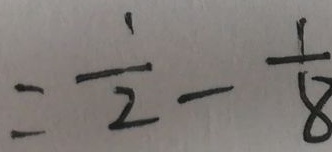
= \frac { 1 } { 2 } - \frac { 1 } { 8 }